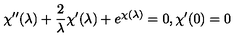
\chi ^ { \prime \prime } ( \lambda ) + { \frac { 2 } { \lambda } } \chi ^ { \prime } ( \lambda ) + e ^ { \chi ( \lambda ) } = 0 , \chi ^ { \prime } ( 0 ) = 0